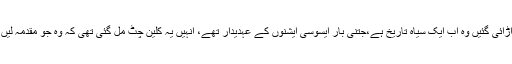
اس دور میں نظام انصاف کی جو دھجیاں اڑائی گئیں وہ اب ایک سیاہ تاریخ ہے،جتنی بار ایسوسی ایشنوں کے عہدیدار تھے، انہیں یہ کلین چٹ مل گئی تھی کہ وہ جو مقدمہ لیں گے، اُس کا فیصلہ اُن کے حق میں ہو گا۔